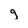
Character: g